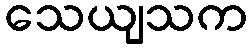
သေယျသက